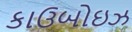
કાઉબોઇઝ